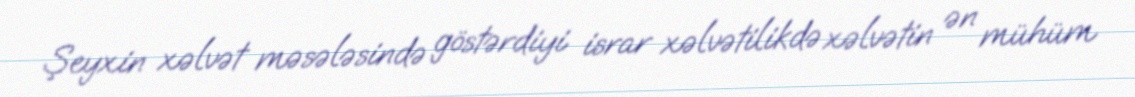
Şeyxin xəlvət məsələsində göstərdiyi israr xəlvətilikdə xəlvətin ən mühüm